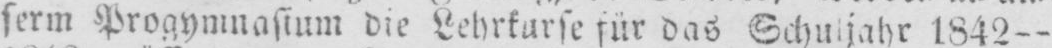
serm Progymnasium die Lehrkurse für das Schuljahr 1842--